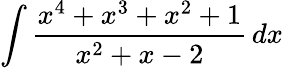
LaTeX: \int{\frac{x^{4}+x^{3}+x^{2}+1}{x^{2}+x-2}}\, dx